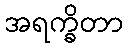
အရက္ခိတာ